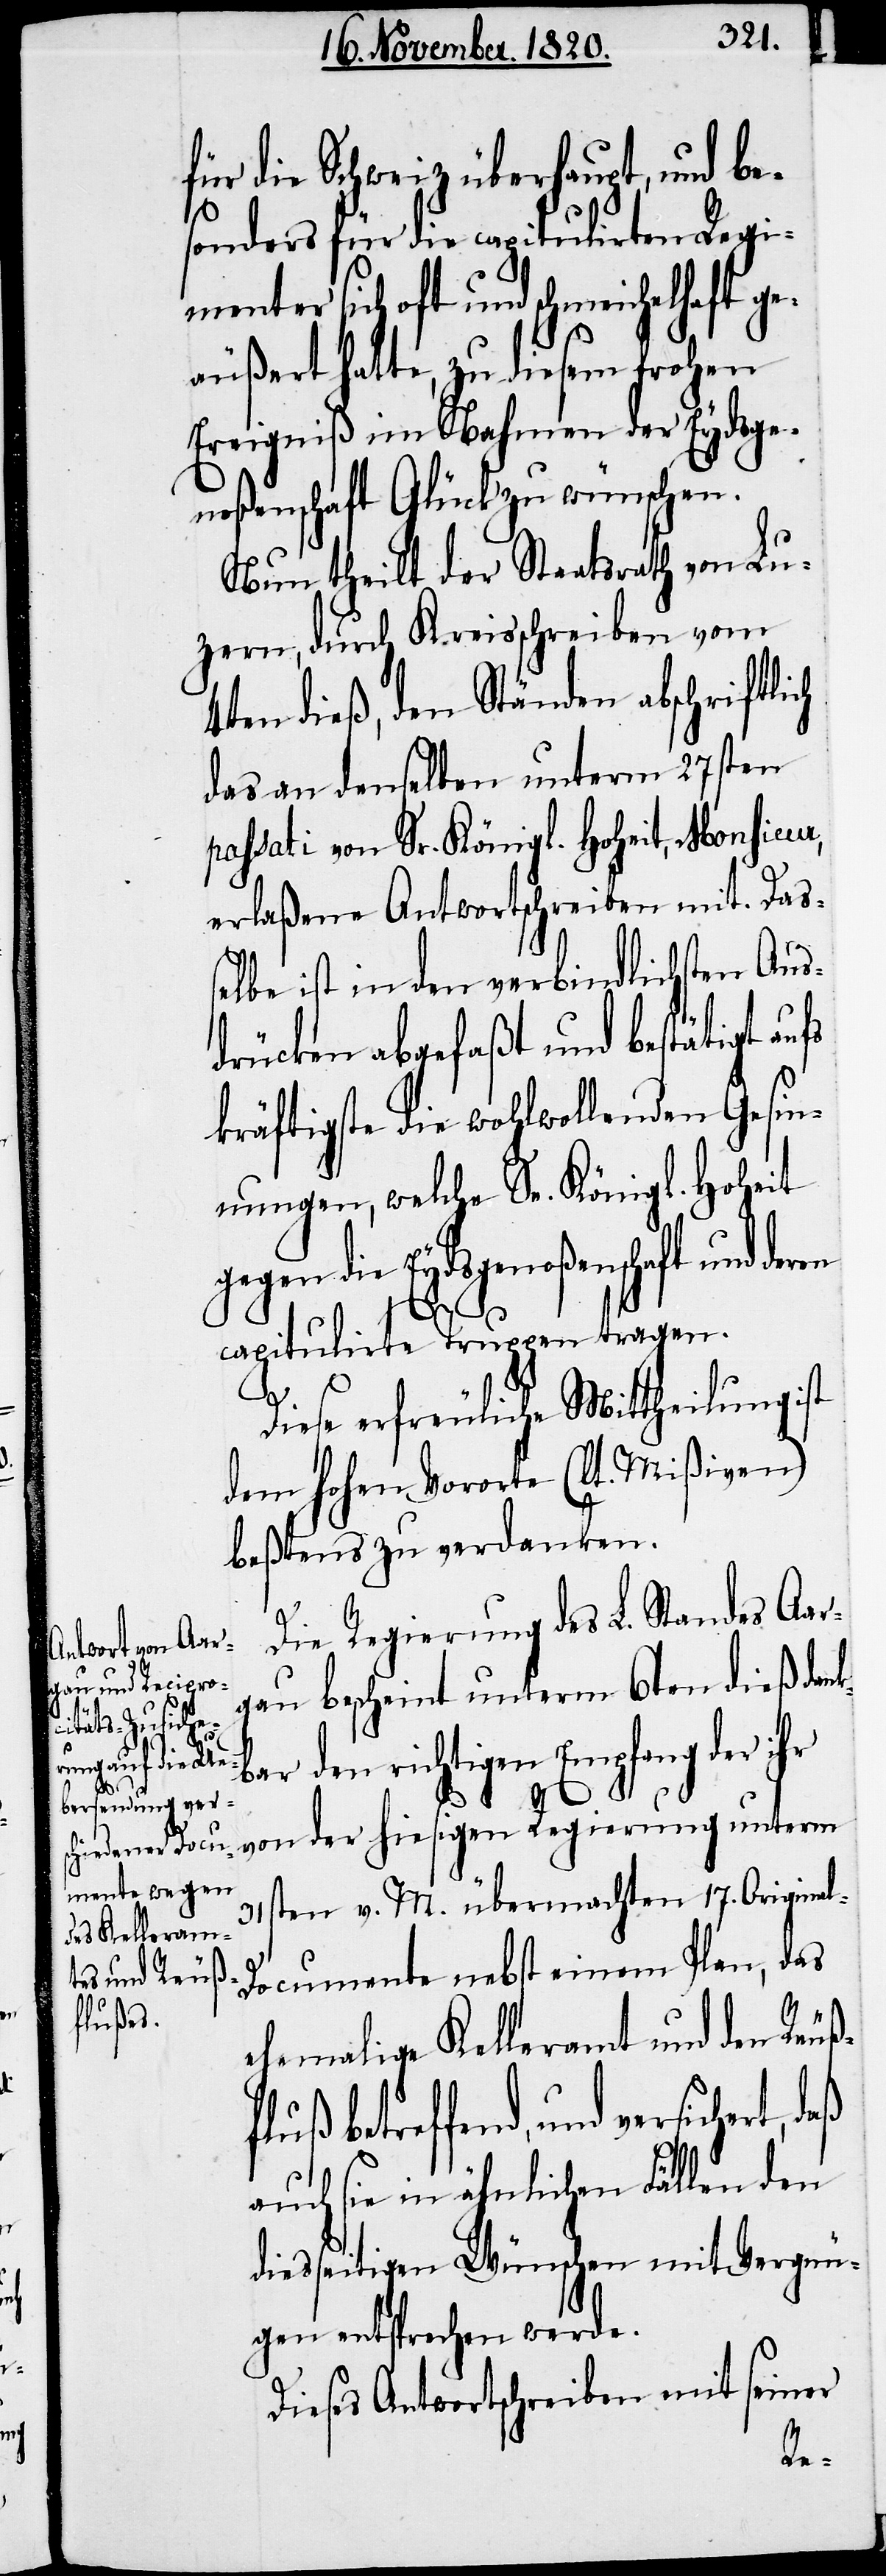
versichert,

für die Schweiz überhaupt, und be¬
sonders für die capitulirten Regi¬
menter sich oft und schmeichelhaft ge¬
äußert hatte, zu diesem frohen
Ereigniß im Nahmen der Eydsge¬
noßenschaft Glück zu wünschen.
Nun theilt der Staatsrath von Lu¬
zern, durch Kreisschreiben vom
4ten dieß, den Ständen abschriftlich
das an denselben unterm 27sten
passati von Sr. Königl. Hoheit, Monsieur,
erlaßene Antwortschreiben mit. Das¬
selbe ist in den verbindlichen Aus¬
drücken abgefaßt und bestätigt aufs
kräftigste die wohlwollenden Gesin¬
nungen, welche Se. Königl. Hoheit
gegen die Eydsgenoßenschaft und der¬
l-D¬
capitulirten Truppen tragen.
Diese erfreuliche Mittheilung ist
dem hohen Vororte (lt. Mißiven)
bestens zu verdanken.
Die Regierung des L. Standes Aar¬
gau bescheint unterm 6ten dieß dank¬
bar den richtigen Empfang der ihr
von der hiesigen Regierung unterm
31sten v. M. übermachten 17. Origina¬
ocumente nebst einem Plan, das
ehemalige Kelleramt und den Reuß¬
fluß betreffend, und
auch sie in ähnlichen Fällen den
diesseitigen Wünschen mit Vergnü¬
gen entsprechen werde.
Dieses Antwortschreiben mit seiner